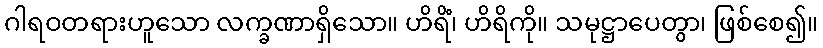
ဂါရဝတရားဟူသော လက္ခဏာရှိသော။ ဟိရိံ၊ ဟိရိကို။ သမုဋ္ဌာပေတွာ၊ ဖြစ်စေ၍။